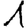
Digit: 1